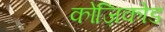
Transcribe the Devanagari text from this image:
कोज़िकोड